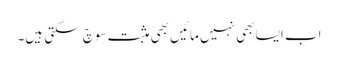
اب ایسا بھی نہیں مائیں بھی مثبت سوچ سکتی ہیں۔